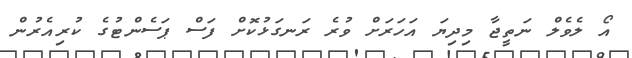
އޯ ލެވެލް ނަތީޖާ މިދިޔަ އަހަރަށް ވުރެ ރަނގަޅުކޮށް ފަސް ޕަސެންޓުގެ ކުރިއެރުން